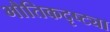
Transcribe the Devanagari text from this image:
भौतिकदृष्ट्या